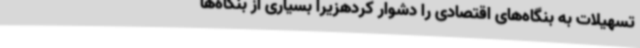
تسهیلات به بنگاه‌های اقتصادی را دشوار کردهزیرا بسیاری از بنگاه‌ها